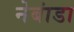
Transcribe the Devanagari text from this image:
नेबांडा